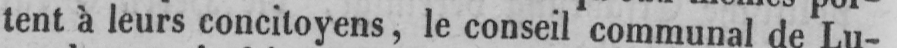
tent à leurs concitoyens, le conseil communal de Lu-